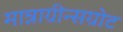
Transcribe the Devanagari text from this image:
मान्नाग्रीन्सग्रोट